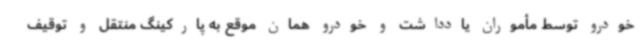
خودرو توسط مأموران یادداشت و خودرو همان موقع به پارکینگ منتقل و توقیف